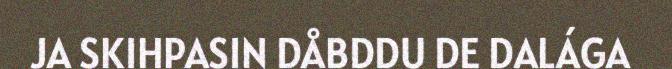
JA SKIHPASIN DÅBDDU DE DALÁGA